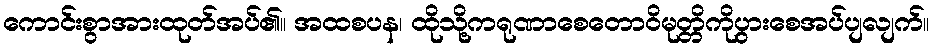
ကောင်းစွာအားထုတ်အပ်၏။ အထစပန၊ ထိုသို့ကရုဏာစေတောဝိမုတ္တိကိုပွားစေအပ်ပျလျက်။